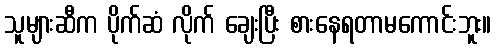
သူများဆီက ပိုက်ဆံ လိုက် ချေးပြီး စားနေရတာမကောင်းဘူး။